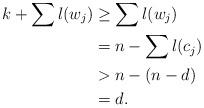
LaTeX: \begin{align*} k + \sum l(w_j) & \geq \sum l(w_j) &&\\ &= n - \sum l(c_j) &&\\&> n - (n-d) && \\& = d. && \end{align*}